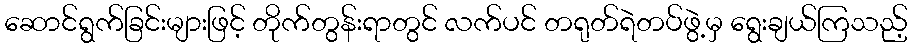
ဆောင်ရွက်ခြင်းများဖြင့် တိုက်တွန်းရာတွင် လက်ပင် တရုတ်ရဲတပ်ဖွဲ့မှ ရွေးချယ်ကြသည့်